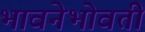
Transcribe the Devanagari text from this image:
भावनेभोवती